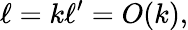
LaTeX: \ell=k\ell^{\prime}=O(k),